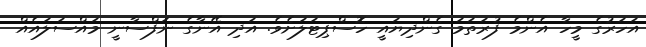
އަހަރުގެ މީހާ އެންމެ ފުރަތަމަ ގެންދިޔައީ ހޮސްޕިޓަލަށެވެ. އަދި އޭނާގެ ނަފްސާނީ މައްސަލައެއް